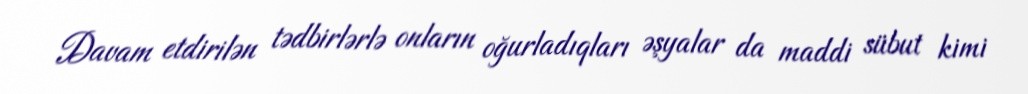
Davam etdirilən tədbirlərlə onların oğurladıqları əşyalar da maddi sübut kimi